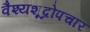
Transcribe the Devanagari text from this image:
वैश्यशूद्रोपचार